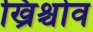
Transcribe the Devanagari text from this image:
ख्रिश्चोव